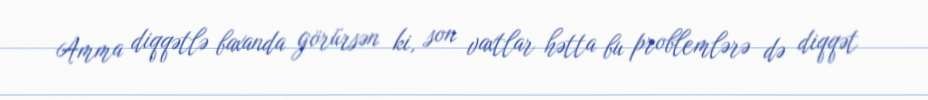
Amma diqqətlə baxanda görürsən ki, son vaxtlar hətta bu problemlərə də diqqət